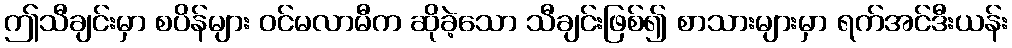
ဤသီချင်းမှာ စပိန်များ ဝင်မလာမီက ဆိုခဲ့သော သီချင်းဖြစ်၍ စာသားများမှာ ရက်အင်ဒီးယန်း